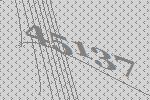
45137